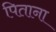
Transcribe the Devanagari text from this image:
पिताना